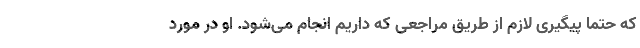
که حتما پیگیری لازم از طریق مراجعی که داریم انجام می‌شود. او در مورد